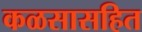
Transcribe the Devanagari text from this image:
कळसासहित